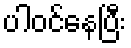
ပါဝင်နေပြီး